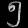
Digit: ၅